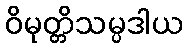
ဝိမုတ္တိသမ္ပဒါယ